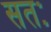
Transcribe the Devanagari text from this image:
सतः